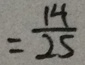
= \frac { 1 4 } { 2 5 }